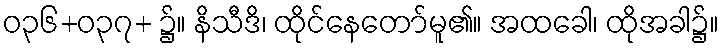
ဝ၃၆+ဝ၃၇+ ၌။ နိသီဒိ၊ ထိုင်နေတော်မူ၏။ အထခေါ၊ ထိုအခါ၌။